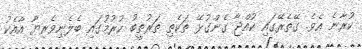
ކުރާނެ އެވެ. ގޭތެރޭގައި ކުއްޖާ ގެންގުޅޭ ތަކެތި ތަރުތީބު ކުރުމުގައި ބެލެނިވެރިޔާ އާއެކު